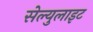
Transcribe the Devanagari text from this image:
सेल्युलाइट